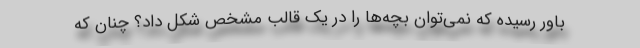
باور رسیده که نمی‌توان بچه‌ها را در یک قالب مشخص شکل داد؟ چنان که